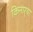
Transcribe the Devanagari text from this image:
किनार्‍या